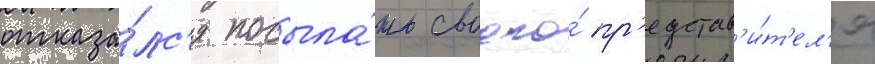
отказа́лс'я посыла́ть своего́ пр'едстав'и́т'ел'я